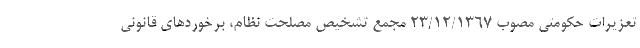
تعزیرات حکومتی مصوب 23/12/1367 مجمع تشخیص مصلحت نظام، برخوردهای قانونی